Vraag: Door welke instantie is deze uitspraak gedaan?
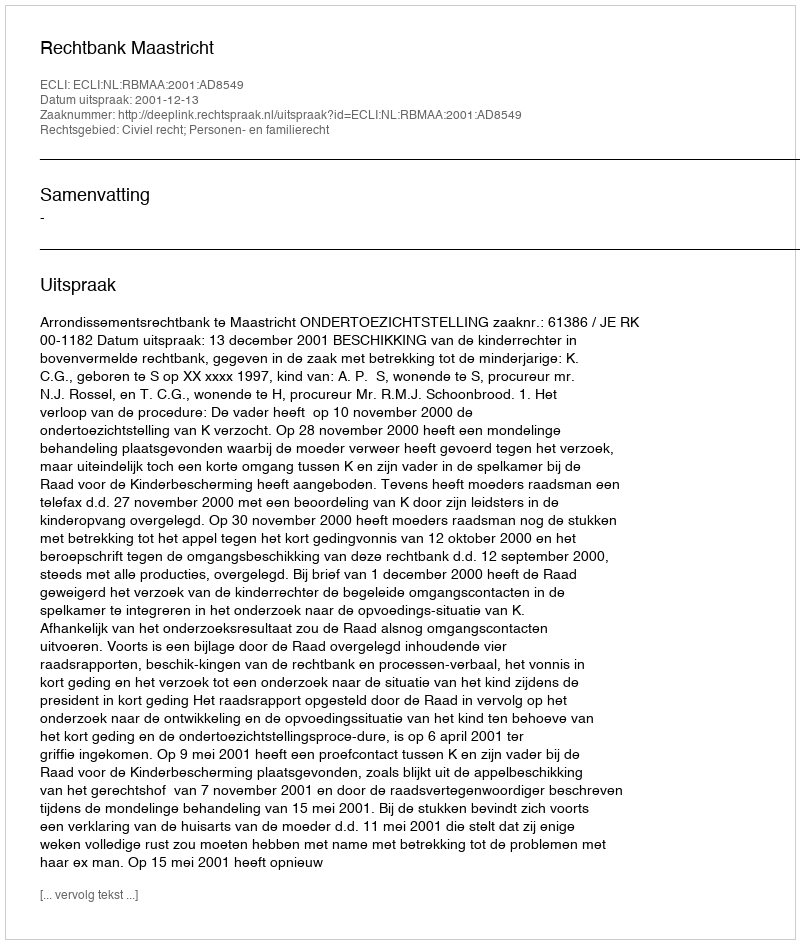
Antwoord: Rechtbank Maastricht